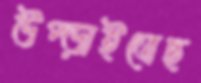
উপ্‌ড়াইতেছ